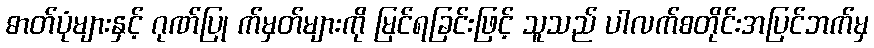
ဓာတ်ပုံများနှင့် ဂုဏ်ပြု က်မှတ်များကို မြင်ရခြင်းဖြင့် သူသည် ပါလက်စတိုင်းအပြင်ဘက်မှ